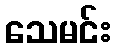
သေမင်း